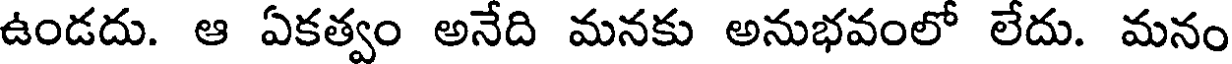
ఉండదు. ఆ ఏకత్వం అనేది మనకు అనుభవంలో లేదు. మనం